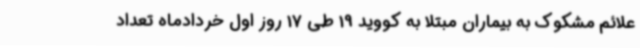
علائم مشکوک به بیماران مبتلا به کووید 19 طی 17 روز اول خردادماه تعداد